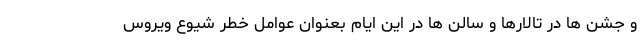
و جشن ها در تالارها و سالن ها در این ایام بعنوان عوامل خطر شیوع ویروس